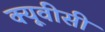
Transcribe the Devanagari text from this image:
क्यूवीसी